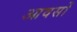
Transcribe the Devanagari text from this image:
आवसों